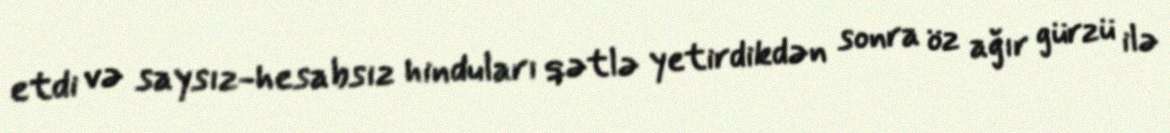
etdi və saysız-hesabsız hinduları qətlə yetirdikdən sonra öz ağır gürzü ilə